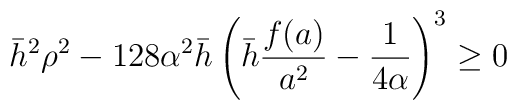
\bar{h}^2 \rho^2-128 \alpha^2  \bar{h} \left( \bar{h} \frac{f(a)}{a^2}-\frac{1}{4 \alpha} \right)^3 \geq 0